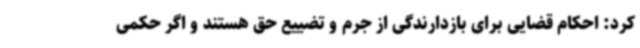
کرد: احکام قضایی برای بازدارندگی از جرم و تضییع حق هستند و اگر حکمی